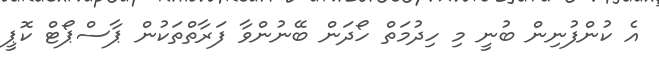
އެ ކުންފުނިން ބުނީ މި ހިދުމަތް ހޯދަން ބޭނުންވާ ފަރާތްތަކުން ޕާސްޕޯޓް ކޮޕީ